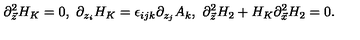
\partial _ { \vec { z } } ^ { 2 } H _ { K } = 0 , \ \partial _ { z _ { i } } H _ { K } = \epsilon _ { i j k } \partial _ { z _ { j } } A _ { k } , \ \partial _ { \vec { z } } ^ { 2 } H _ { 2 } + H _ { K } \partial _ { \vec { x } } ^ { 2 } H _ { 2 } = 0 .